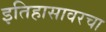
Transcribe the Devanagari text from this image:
इतिहासावरचा